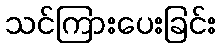
သင်ကြားပေးခြင်း